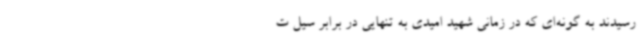
رسیدند به گونه‌ای که در زمانی شهید امیدی به تنهایی در برابر سیل ت